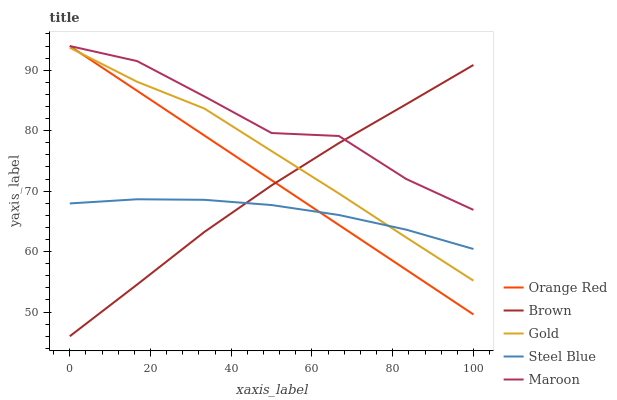
| xaxis_label | Orange Red | Brown | Gold | Steel Blue | Maroon |
 | --- | --- | --- | --- | --- | --- |
 | 0 | 94 | 46 | 93.7 | 68 | 94 |
 | 16.7 | 86.6 | 54.5 | 88.1 | 68.7 | 91.5 |
 | 33.3 | 79.2 | 63.2 | 83.7 | 68.6 | 85.7 |
 | 50 | 71.8 | 71 | 76.6 | 67.7 | 79.6 |
 | 66.7 | 64.4 | 77.9 | 69.6 | 66.1 | 79.1 |
 | 83.3 | 57 | 84.4 | 62.3 | 63.6 | 72 |
 | 100 | 49.6 | 90.9 | 55.2 | 60.4 | 66.9 |